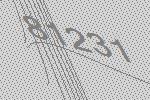
81231